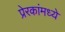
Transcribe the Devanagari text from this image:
प्रेरकांमध्ये